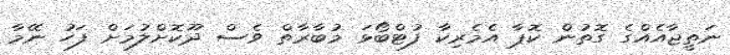
ނަތީޖާއެއްގެ ގޮތުން ކޮޕާ އެމެރިކާ ފުޓްބޯޅަ މުބާރާތް ވެސް ދޫކޮށްލުމަށް ފަހު ނޭމާ